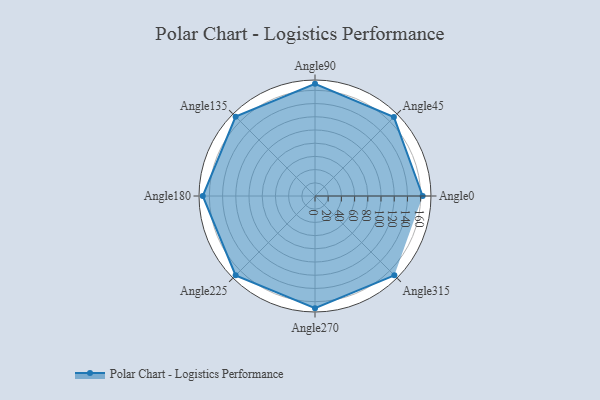
{"axis": {"x": "Angle", "y": "Radius"}, "legend": [""], "data": [{"x": "Angle0", "y": 163.0, "type": ""}, {"x": "Angle45", "y": 169.0, "type": ""}, {"x": "Angle90", "y": 170, "type": ""}, {"x": "Angle135", "y": 170, "type": ""}, {"x": "Angle180", "y": 170, "type": ""}, {"x": "Angle225", "y": 170, "type": ""}, {"x": "Angle270", "y": 170, "type": ""}, {"x": "Angle315", "y": 170, "type": ""}]}